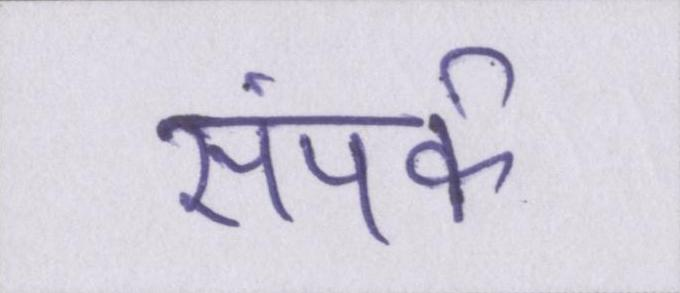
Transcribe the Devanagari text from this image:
संपर्क